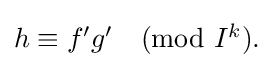
{\textstyle h\equiv f'g'{\pmod {I^{k}}}.}